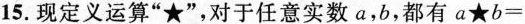
15.现定义运算”★”，对于任意实数a，b，都有$$a★b=$$